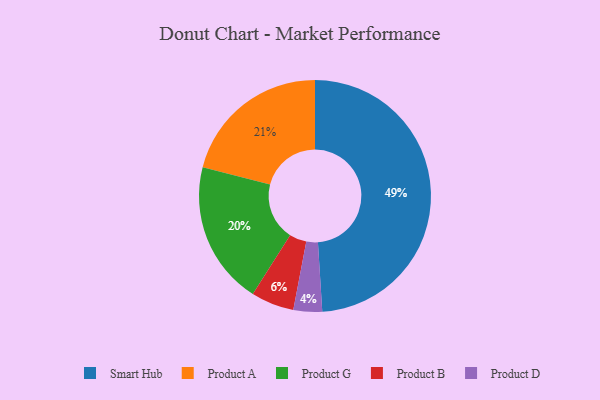
{"axis": {"x": "Category", "y": "Percentage"}, "legend": ["Product A", "Product B", "Product D", "Product G", "Smart Hub"], "data": [{"x": "Product G", "y": 20, "type": "Product G"}, {"x": "Smart Hub", "y": 49, "type": "Smart Hub"}, {"x": "Product A", "y": 21, "type": "Product A"}, {"x": "Product B", "y": 6, "type": "Product B"}, {"x": "Product D", "y": 4, "type": "Product D"}]}